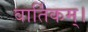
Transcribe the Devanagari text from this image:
वार्तिकम्।